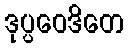
ဒုပ္ပဝေဒိတေ